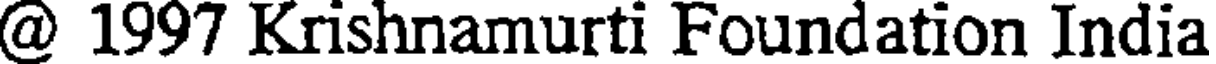
@ 1997 Krishnamurti Foundation India